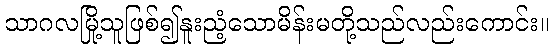
သာဂလမြို့သူဖြစ်၍နူးညံ့သောမိန်းမတို့သည်လည်းကောင်း။